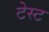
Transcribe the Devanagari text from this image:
टेस्‍ट